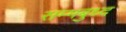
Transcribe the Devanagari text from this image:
सम्मबुध्द